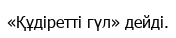
«Құдіретті гүл» дейді.